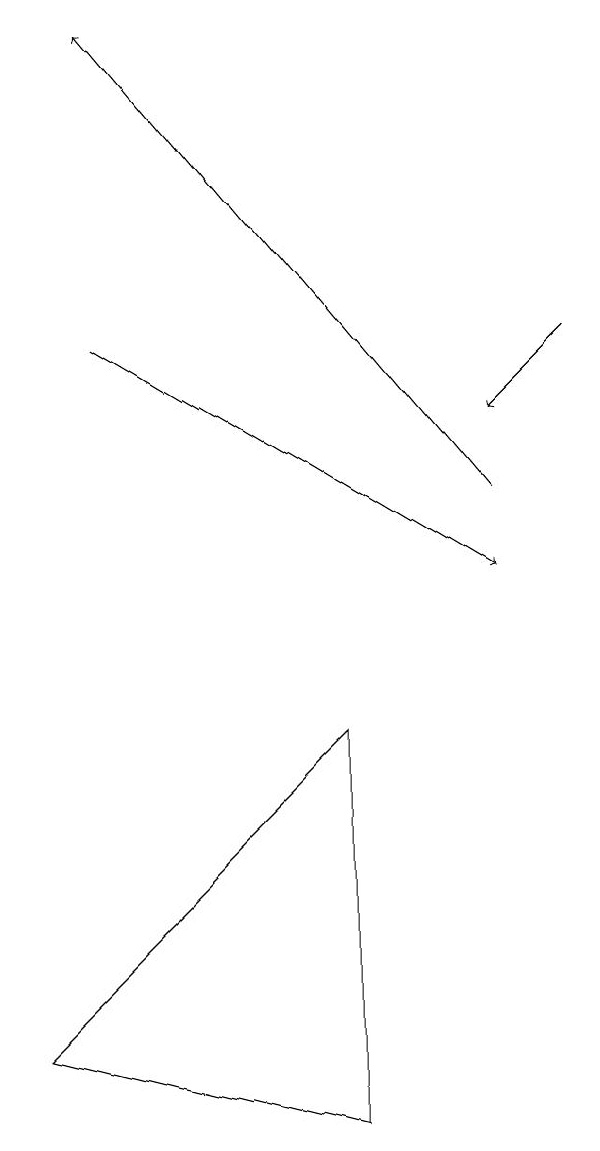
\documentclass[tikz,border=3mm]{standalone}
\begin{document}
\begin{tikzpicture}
\draw[->] (8,14) -- (7,13);
\draw[->] (2,14) -- (7,11);
\draw[->] (7,12) -- (2,18);
\draw (1,5) -- (5,4) -- (5,9) -- cycle;
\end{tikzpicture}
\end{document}